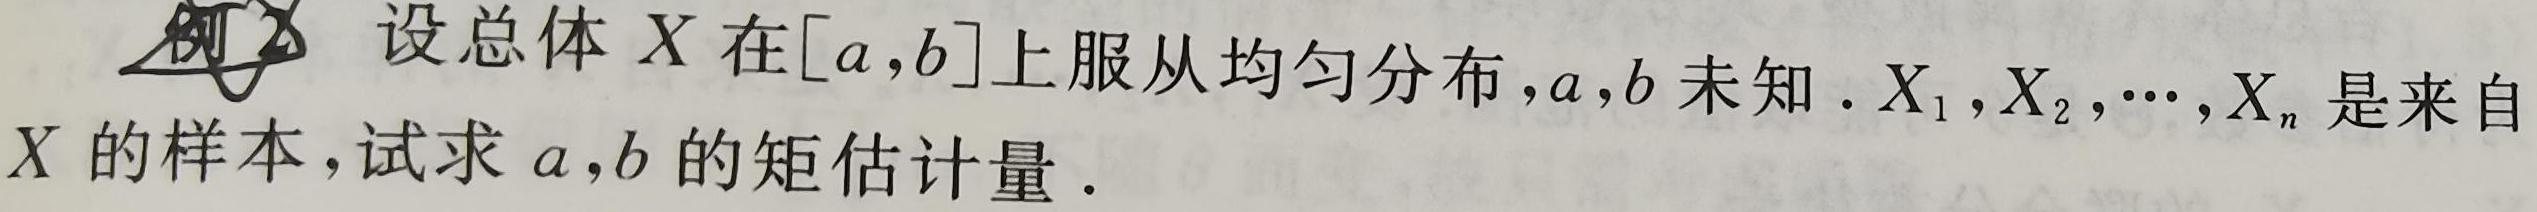
设总体 $X$ 在 $[a,b]$ 上服从均匀分布，$a,b$ 未知. $X_1,X_2,\cdots,X_n$ 是来自 $X$ 的样本，试求 $a,b$ 的矩估计量.